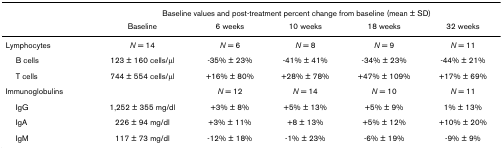
|  | <COLSPAN=5> Baseline values and post-treatment percent change from baseline (mean ± SD) |
 |  | Baseline | 6 weeks | 10 weeks | 18 weeks | 32 weeks |
 | --- | --- | --- | --- | --- | --- |
 | Lymphocytes | N = 14 | N = 6 | N = 8 | N = 9 | N = 11 |
 | B cells | 123 ± 160 cells/μl | -35% ± 23% | -41% ± 41% | -34% ± 23% | -44% ± 21% |
 | T cells | 744 ± 554 cells/μl | +16% ± 80% | +28% ± 78% | +47% ± 109% | +17% ± 69% |
 | Immunoglobulins |  | N = 12 | N = 14 | N = 10 | N = 11 |
 | IgG | 1,252 ± 355 mg/dl | +3% ± 8% | +5% ± 13% | +5% ± 9% | 1% ± 13% |
 | IgA | 226 ± 94 mg/dl | +3% ± 11% | +8 ± 13% | +5% ± 12% | +10% ± 20% |
 | IgM | 117 ± 73 mg/dl | -12% ± 18% | -1% ± 23% | -6% ± 19% | -9% ± 9% |